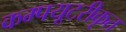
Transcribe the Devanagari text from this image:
कम्‍पयूटरीकृत